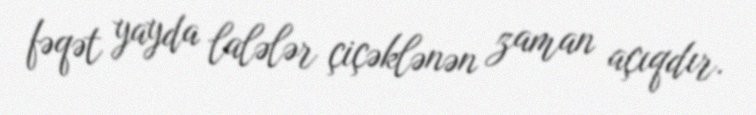
fəqət yayda lalələr çiçəklənən zaman açıqdır.